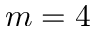
m = 4